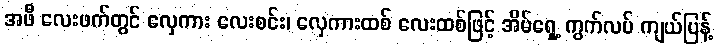
အဖီ လေးဖက်တွင် လှေကား လေးစင်း၊ လှေကားထစ် လေးထစ်ဖြင့် အိမ်ရှေ့ ကွက်လပ် ကျယ်ပြန့်